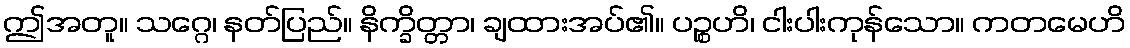
ဤအတူ။ သဂ္ဂေ၊ နတ်ပြည်။ နိက္ခိတ္တာ၊ ချထားအပ်၏။ ပဉ္စဟိ၊ ငါးပါးကုန်သော။ ကတမေဟိ